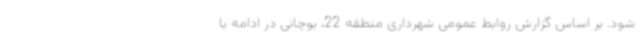
شود. بر اساس گزارش روابط عمومی شهرداری منطقه 22، بوچانی در ادامه با